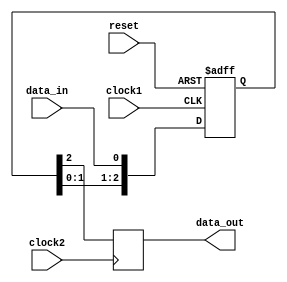
module synchronizer (
    input wire clock1,
    input wire clock2,
    input wire reset,
    input wire data_in,
    output reg data_out
);

reg [2:0] sync_reg;

always @(posedge clock1 or posedge reset) begin
    if (reset) begin
        sync_reg <= 3'b000;
    end else begin
        sync_reg <= {sync_reg[1:0], data_in};
    end
end

always @ (posedge clock2) begin
    data_out <= sync_reg[2];
end

endmodule